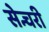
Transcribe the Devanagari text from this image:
सेन्चरी